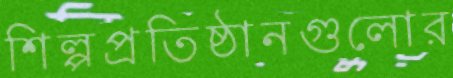
শিল্পপ্রতিষ্ঠানগুলোর